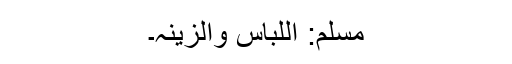
مسلم: اللباس والزینہ۔